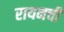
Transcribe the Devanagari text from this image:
रायनची